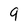
Character: 9